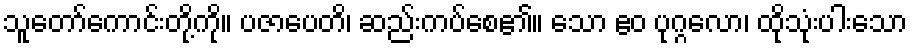
သူတော်ကောင်းတို့ကို။ ပဇာပေတိ၊ ဆည်းကပ်စေ၏။ သော ဧဝ ပုဂ္ဂလော၊ ထိုသုံးပါးသော